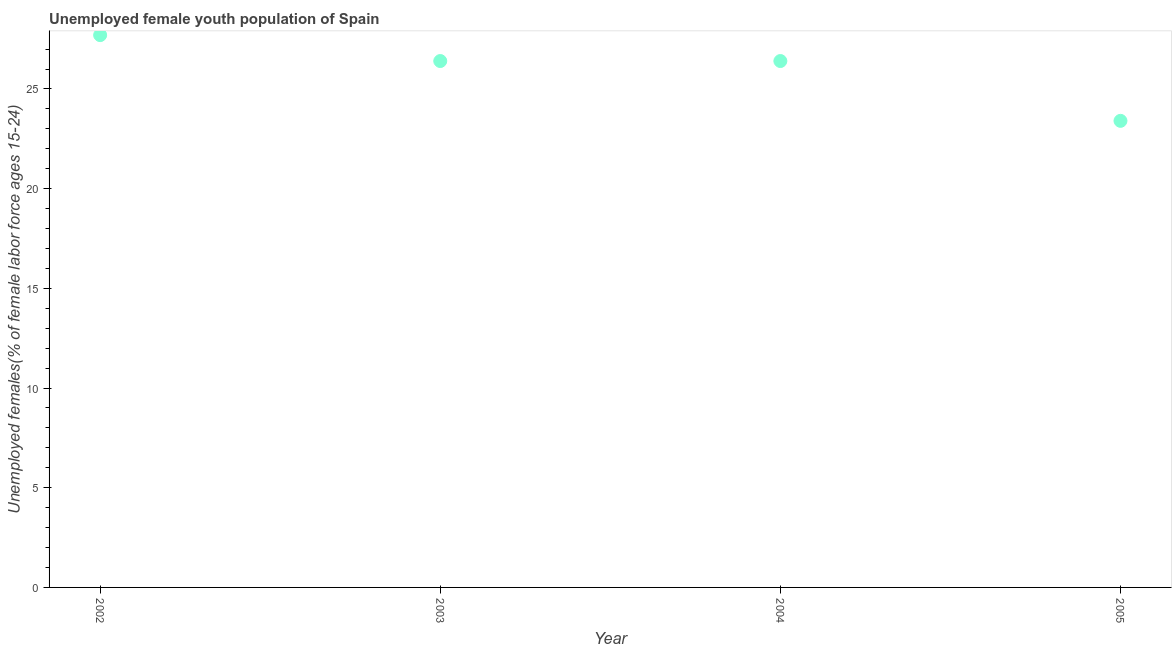
| Year | Unemployment youth female |
 | --- | --- |
 | 2002 | 27.7 |
 | 2003 | 26.4 |
 | 2004 | 26.4 |
 | 2005 | 23.4 |